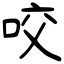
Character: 咬